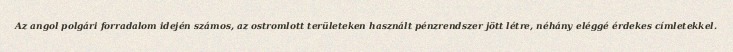
Az angol polgári forradalom idején számos, az ostromlott területeken használt pénzrendszer jött létre, néhány eléggé érdekes címletekkel.